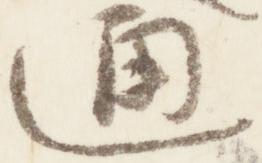
通